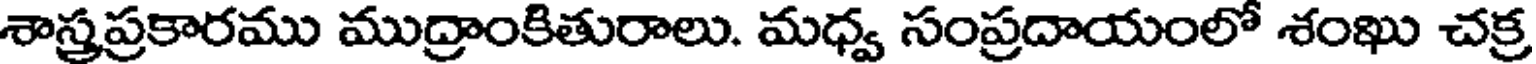
శాస్త్రప్రకారము ముద్రాంకితురాలు. మధ్వ సంప్రదాయంలో శంఖు చక్ర